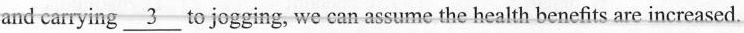
and carrying \underline{3} to jogging, we can assume the health benefits are increased.